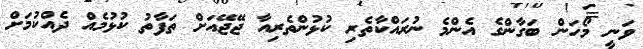
ވަނީ މޯހަން ބަގާންގެ އެންމެ ނުރައްކާތެރި ކުޅުންތެރިއާ ޖޭޖޭއަށް ތަފާތު ކުޅުމެއް ދެއްކުމަށް